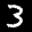
Label: 3